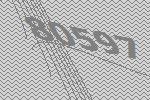
80597